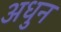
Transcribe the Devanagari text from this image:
अधुन